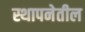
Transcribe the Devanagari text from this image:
स्थापनेतील